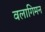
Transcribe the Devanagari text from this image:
वलागिमन